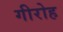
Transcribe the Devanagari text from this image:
गीरोह